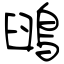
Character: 䳎